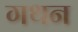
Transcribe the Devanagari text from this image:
गथन